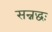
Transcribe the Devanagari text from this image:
सन्नद्धः